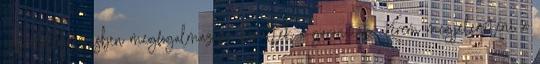
Az előterjesztésben megfogalmazásra kerültek a garanciák. Kérem megjeleníteni a